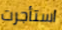
استأجرت